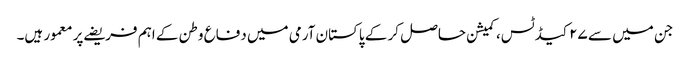
جن میں سے ۲۷ کیڈ ٹس، کمیشن حاصل کر کے پاکستان آرمی میں دفاع وطن کے اہم فریضے پر معمور ہیں۔